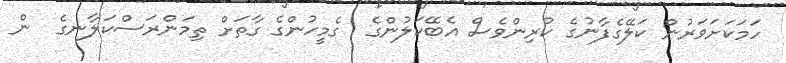
ހަމަކަށަވަރުން ކަލޭގެފާނުގެ ކުރިންވެސް އެބޭކަލުންގެ  ގެމީހުންގެ ގާތަށް ތިމަންރަސްކަލާނގެ  ން